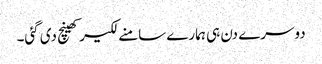
دوسرے دن ہی ہمارے سامنے لکیر کھینچ دی گئی۔